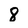
Character: 8